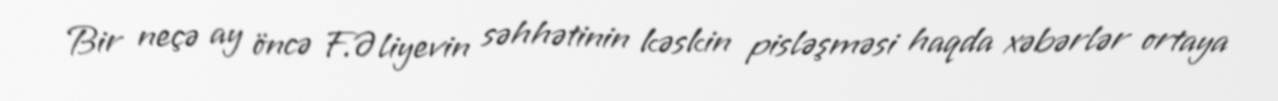
Bir neçə ay öncə F.Əliyevin səhhətinin kəskin pisləşməsi haqda xəbərlər ortaya